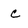
Character: c